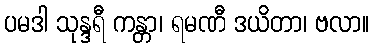
ပမဒါ သုန္ဒရီ ကန္တာ၊ ရမဏီ ဒယိတာ၊ ဗလာ။